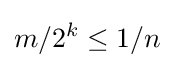
m/2^{k}\leq 1/n